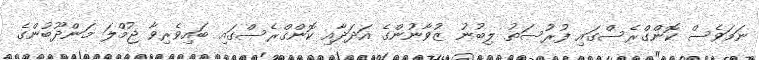
ނަމަވެސް ކޮންގްރެސްގައި ފުރުސަތު ލިބުނު ޒުވާނުންގެ އަދަދާއި ކޮންގްރެސްގައި ބައިވެރިވާ ޖުމްލަ މަންދޫބުންގެ